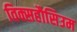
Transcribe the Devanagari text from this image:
विक्सहौसिउम